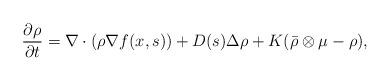
LaTeX: \begin{align*} \frac{\partial \rho}{\partial t} = \nabla \cdot(\rho \nabla f(x, s)) + D(s) \Delta\rho + K (\bar{\rho}\otimes \mu - \rho ),\end{align*}